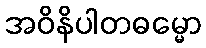
အဝိနိပါတဓမ္မော